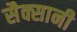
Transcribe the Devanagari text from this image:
सैक्सानी